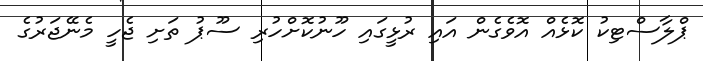
ޕްލާސްޓިކު ކޮޅެއް އޮވެގެން އައި ރުޅީގައި ހޫނުކޮށްހުރި ސޫޕު ތަށި ޖެހީ މެނޭޖަރުގެ